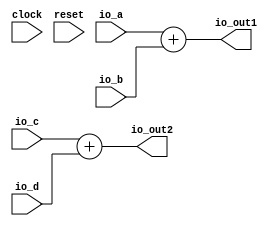
module adding(
  input   clock,
  input   reset,
  input   io_a,
  input   io_b,
  input   io_c,
  input   io_d,
  output  io_out1,
  output  io_out2
);
  assign io_out1 = io_a + io_b; // @[cmd3.sc 2:6]
  assign io_out2 = io_c + io_d; // @[cmd3.sc 2:6]
endmodule